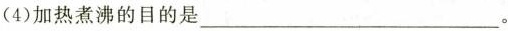
(4)加热煮沸的目的是___。